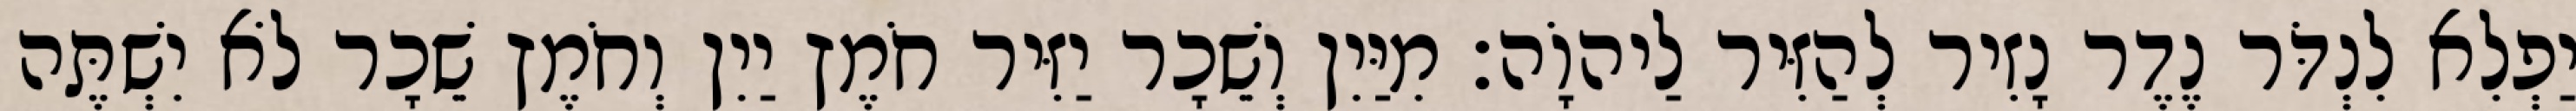
יַפְלִא לִנְדֹּר נֶדֶר נָזִיר לְהַזִּיר לַיהוָֹה׃ מִיַּיִן וְשֵׁכָר יַזִּיר חֹמֶץ יַיִן וְחֹמֶץ שֵׁכָר לֹא יִשְׁתֶּה